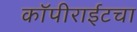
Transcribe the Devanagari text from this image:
कॉपीराईटचा